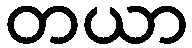
တယာ